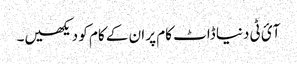
آئ ٹی دنیا ڈاٹ کام پر ان کے کام کو دیکھیں۔